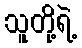
သူတို့ရဲ့